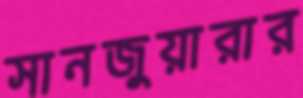
সানজুয়ারার